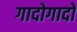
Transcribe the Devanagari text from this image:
गादोगादो